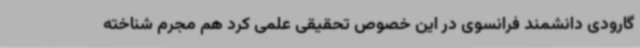
گارودی دانشمند فرانسوی در این خصوص تحقیقی علمی کرد هم مجرم شناخته